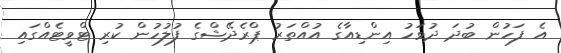
އެ ފަހުން ބުދަ ދުވަހު އިންޑިއާގެ އުއްތަރު ޕްރެދޭޝްގެ ފުލުހުން ކުރި ޓްވީޓެއްގައި